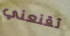
تقنعني